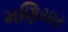
મણિયાર